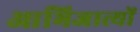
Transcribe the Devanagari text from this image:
आभिजात्यों